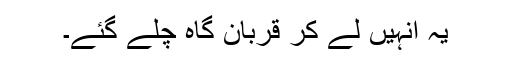
یہ انہیں لے کر قربان گاہ چلے گئے۔